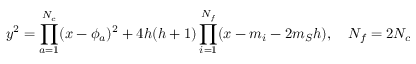
y ^ { 2 } = \prod _ { a = 1 } ^ { N _ { c } } ( x - \phi _ { a } ) ^ { 2 } + 4 h ( h + 1 ) \prod _ { i = 1 } ^ { N _ { f } } ( x - m _ { i } - 2 m _ { S } h ) , ~ ~ ~ N _ { f } = 2 N _ { c }